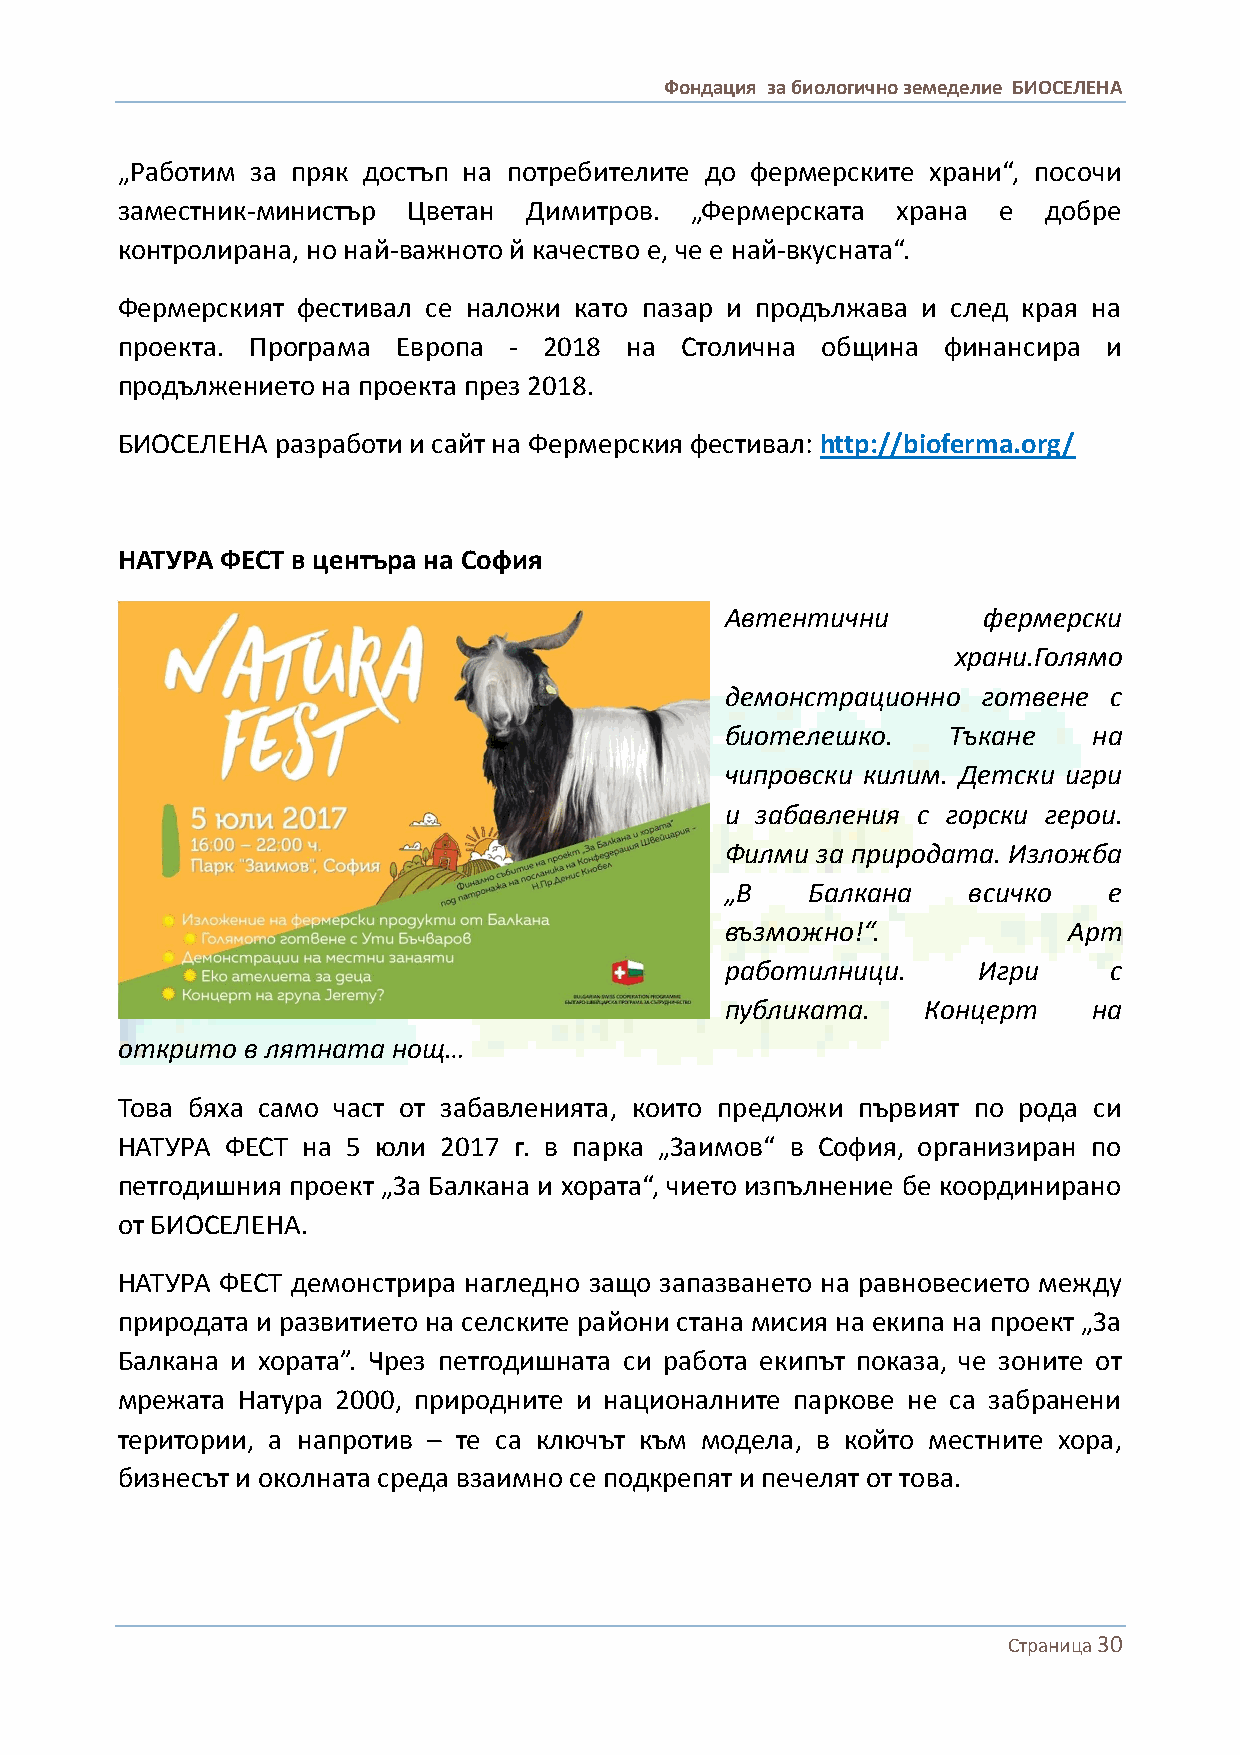
Фондация за биологично земеделие БИОСЕЛЕНА
 „Работим за пряк достъп на потребителите до фермерските храни“, посочи
 заместник-министър Цветан  Димитров.  „Фермерската храна  е  добре
 контролирана, но най-важното й качество е, че е най-вкусната“.
 Фермерският фестивал се наложи като пазар и продължава и след края на
 проекта. Програма Европа  - 2018  на Столична община   финансира и
 продължението на проекта през 2018.
 БИОСЕЛЕНА разработи и сайт на Фермерския фестивал: http://bioferma.org/
 НАТУРА ФЕСТ в центъра на София
 Автентични       фермерски
 храни.Голямо
 демонстрационно  готвене с
 биотелешко.    Тъкане   на
 чипровски килим. Детски игри
 и забавления с горски герои.
 Филми за природата. Изложба
 „В    Балкана   всичко   е
 възможно!“.            Арт
 работилници.     Игри    с
 публиката.   Концерт    на
 открито в лятната нощ…
 Това бяха само част от забавленията, които предложи първият по рода си
 НАТУРА ФЕСТ на 5 юли 2017 г. в парка „Заимов“ в София, организиран по
 петгодишния проект „За Балкана и хората“, чието изпълнение бе координирано
 от БИОСЕЛЕНА.
 НАТУРА ФЕСТ демонстрира нагледно защо запазването на равновесието между
 природата и развитието на селските райони стана мисия на екипа на проект „За
 Балкана и хората”. Чрез петгодишната си работа екипът показа, че зоните от
 мрежата Натура 2000, природните и националните паркове не са забранени
 територии, а напротив – те са ключът към модела, в който местните хора,
 бизнесът и околната среда взаимно се подкрепят и печелят от това.
 Страница 30